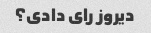
دیروز رای دادی؟